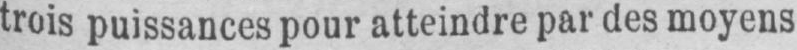
trois puissances pour atteindre par des moyens